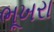
ભૂખરા